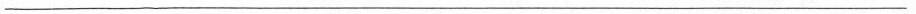
___